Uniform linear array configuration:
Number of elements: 16
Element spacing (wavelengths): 0.25
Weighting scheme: hann
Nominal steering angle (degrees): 60
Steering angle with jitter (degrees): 58.445
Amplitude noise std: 0.05
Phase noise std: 0.05

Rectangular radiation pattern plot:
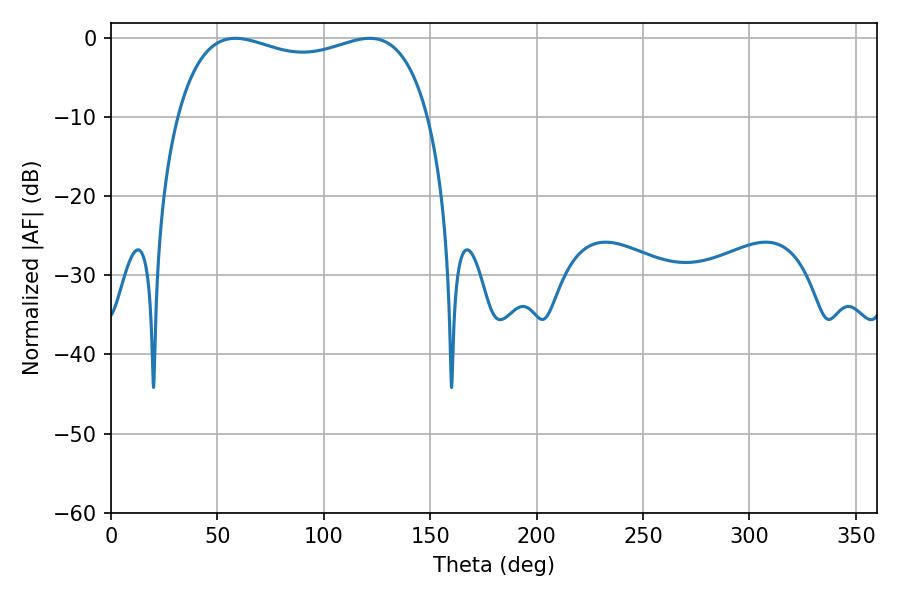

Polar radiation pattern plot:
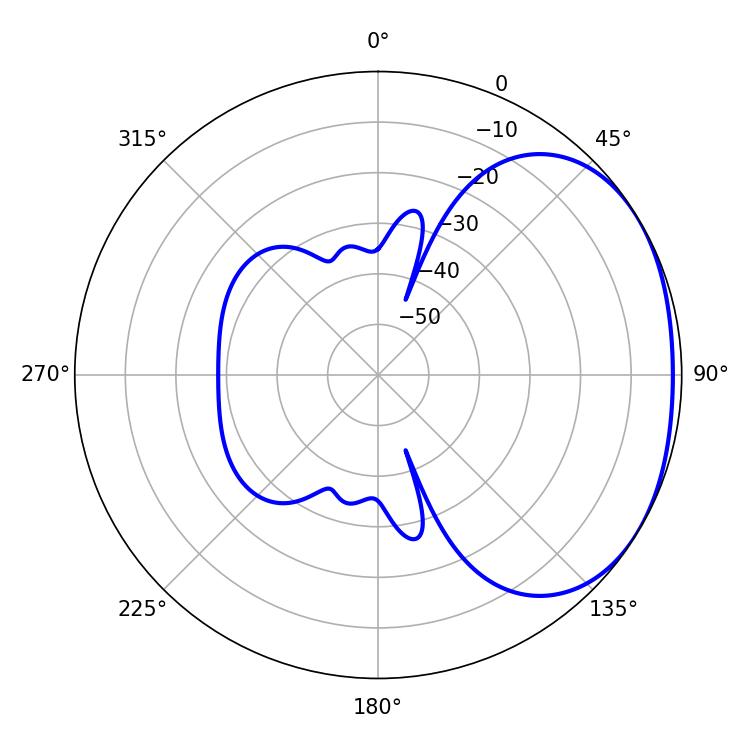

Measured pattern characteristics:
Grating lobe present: FALSE
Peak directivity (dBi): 1.902
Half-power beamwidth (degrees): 96.84
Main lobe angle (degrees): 58.5